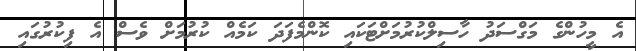
އެ މީހުންގެ މަގްސަދު ހާސިލްކުރުމަށްޓަކައި ކޮންމެފަދަ ކަމެއް ކުރުމަށް ވެސް އެ ފިކުރުގައި